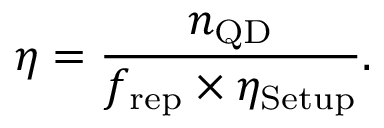
\eta = \frac { n _ { \mathrm { Q D } } } { f _ { \mathrm { r e p } } \times \eta _ { \mathrm { S e t u p } } } .